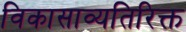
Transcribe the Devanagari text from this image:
विकासाव्यतिरिक्त